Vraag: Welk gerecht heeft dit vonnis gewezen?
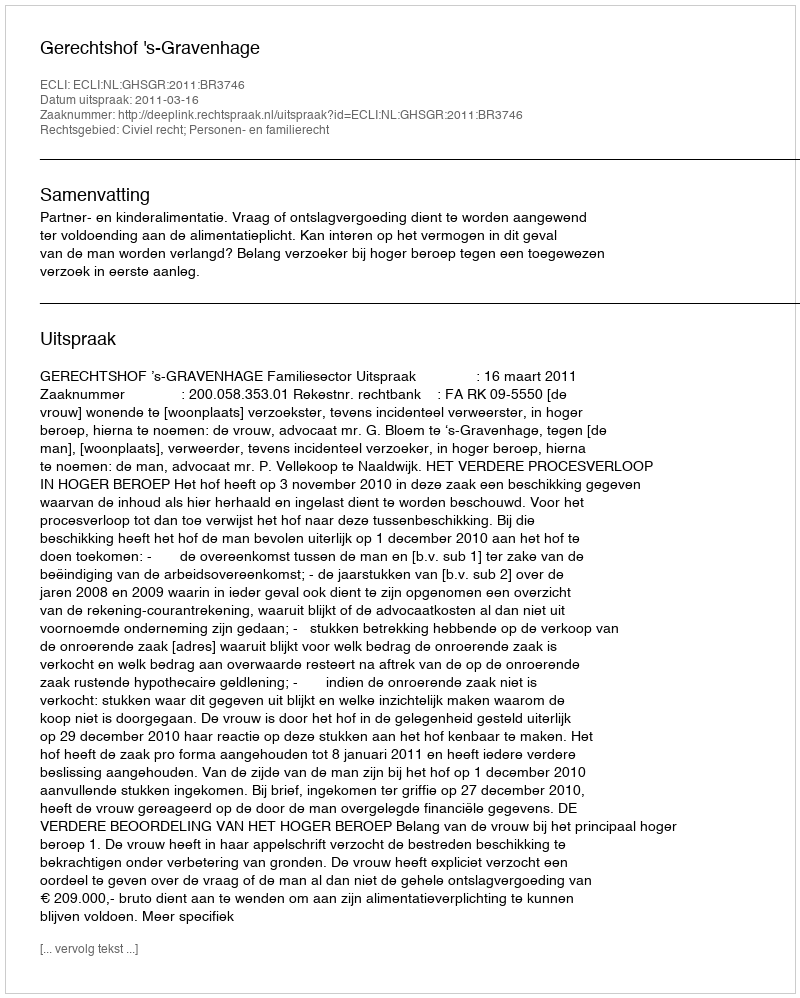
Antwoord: Gerechtshof 's-Gravenhage